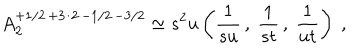
A _ { 2 } ^ { + 1 / 2 \, + 3 / 2 \, - 1 / 2 \, - 3 / 2 } \simeq s ^ { 2 } u \left( \frac { 1 } { s u } \, , \ \frac { 1 } { s t } \, , \ \frac { 1 } { u t } \right) \ ,